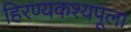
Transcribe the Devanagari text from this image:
हिरण्यकश्यपूला